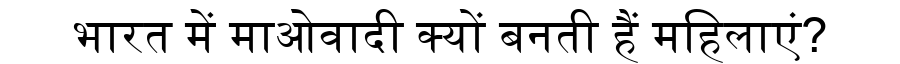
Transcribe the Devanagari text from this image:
भारत में माओवादी क्यों बनती हैं महिलाएं?